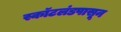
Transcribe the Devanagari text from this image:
स्कॉटलंडपासून